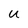
Character: U